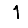
Digit: 1